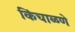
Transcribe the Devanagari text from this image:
किंचाळणे